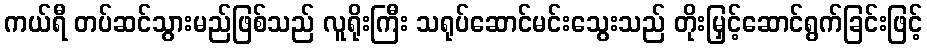
ကယ်ရီ တပ်ဆင်သွားမည်ဖြစ်သည် လူရိုးကြီး သရုပ်ဆောင်မင်းသွေးသည် တိုးမြှင့်ဆောင်ရွက်ခြင်းဖြင့်